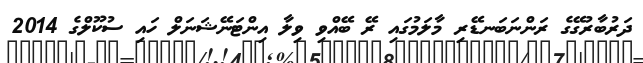
ދަރުބާރުގޭގެ ރަންނަބަނޑޭރި މާލަމުގައި ރޭ ބޭއްވި ވިލާ އިންޓަނޭޝަނަލް ހައި ސުކޫލްގެ 2014